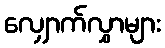
လျှောက်လွှာများ